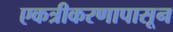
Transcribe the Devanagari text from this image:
एकत्रीकरणापासून